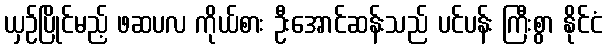
ယှဉ်ပြိုင်မည့် ဖဆပလ ကိုယ်စား ဦးအောင်ဆန်းသည် ပင်ပန်း ကြီးစွာ နိုင်ငံ